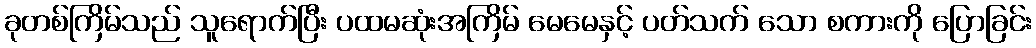
ခုတစ်ကြိမ်သည် သူရောက်ပြီး ပထမဆုံးအကြိမ် မေမေနှင့် ပတ်သက် သော စကားကို ပြောခြင်း